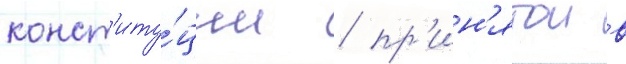
конст'иту́ции / пр'ин'ятои в